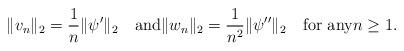
LaTeX: \begin{align*}\|v_n\|_2=\frac{1}{n}\|\psi'\|_2\quad\mbox{and}\|w_n\|_2=\frac{1}{n^2}\|\psi''\|_2\quad\mbox{for any}n\geq 1.\end{align*}